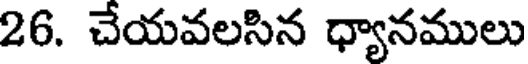
26. చేయవలసిన ధ్యానములు